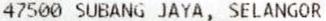
47500 SUBANG JAYA, SELANGOR